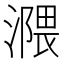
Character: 𣽻